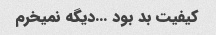
کیفیت بد بود …دیگه نمیخرم